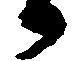
々